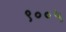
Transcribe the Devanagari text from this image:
९००५